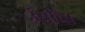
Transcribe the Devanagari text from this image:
उंचींचा